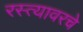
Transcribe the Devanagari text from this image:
रस्त्यावरचे